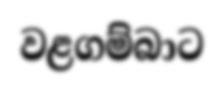
වළගම්බාට